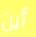
أين